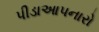
પીડાઆપનારો